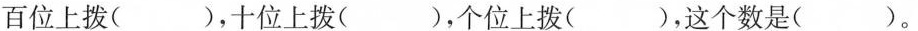
百位上拨( )，十位上拨( )，个位上拨( )，这个数是( )。